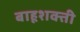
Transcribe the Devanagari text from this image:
बाहूशक्ती